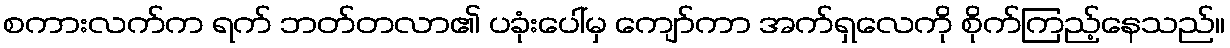
စကားလက်က ရက် ဘတ်တလာ၏ ပခုံးပေါ်မှ ကျော်ကာ အက်ရှလေကို စိုက်ကြည့်နေသည်။